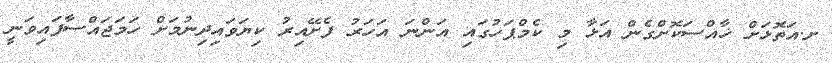
ށ.އަތޮޅަށް ޚާއްސަކޮށްގެން އަޅާ މި ކެމްޕަހުގައި އަންނަ އަހަރު ފެށޭއިރު ކިޔަވައިދިނުމަށް ހަމަޖައްސާފައިވަނީ